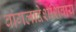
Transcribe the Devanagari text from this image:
बांगलादेशशिवाय